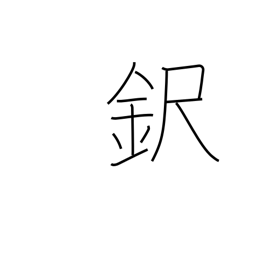
Meaning: surname